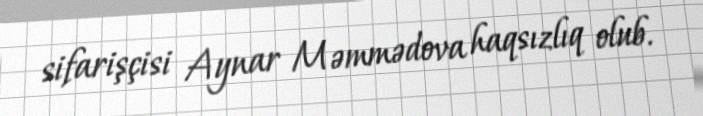
sifarişçisi Aynar Məmmədova haqsızlıq olub.